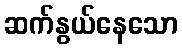
ဆက်နွယ်နေသော